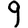
Digit: 9